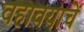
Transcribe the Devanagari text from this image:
वहावयाचें